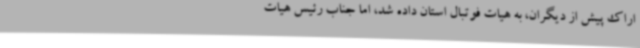
اراک پیش از دیگران، به هیات فوتبال استان داده شد، اما جناب رئیس هیات